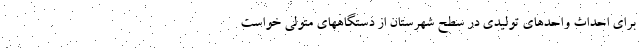
برای احداث واحدهای تولیدی در سطح شهرستان از دستگاههای متولی خواست